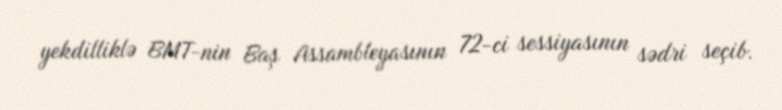
yekdilliklə BMT-nin Baş Assambleyasının 72-ci sessiyasının sədri seçib.